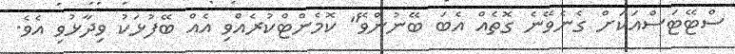
ސްޓޭޓަސްއަކަށް ގެނެވޭނެ ގޮތެއް އެބަ ބޭނުންވޭ" ކޮމެންޓްކުރެއްވި އެއް ބޭފުޅަކު ވިދާޅުވި އެވެ.